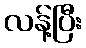
လန့်ပြီး